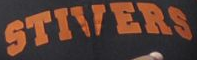
STIVERS